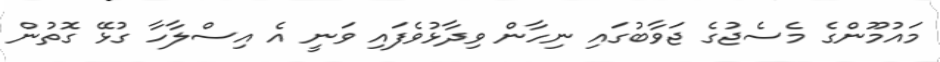
މައުމޫންގެ މެސެޖުގެ ޖަވާބުގައި ނިހާން ވިދާޅުވެފައި ވަނީ އެ އިސްލާހާ ގުޅޭ ގޮތުން